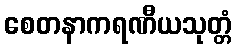
စေတနာကရဏီယသုတ္တံ